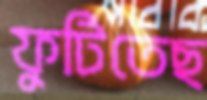
ফুটিতেছ